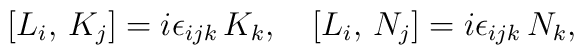
[L_i,\,K_j]=i\epsilon_{ijk}\,K_k,\quad [L_i,\,N_j]=i\epsilon_{ijk}\,N_k,